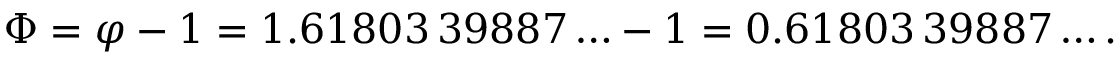
\Phi = \varphi - 1 = 1 . 6 1 8 0 3 \, 3 9 8 8 7 \ldots - 1 = 0 . 6 1 8 0 3 \, 3 9 8 8 7 \ldots .